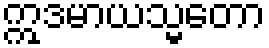
ဣဒမာယသ္မတော